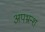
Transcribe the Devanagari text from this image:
अपभ्रन्‍श